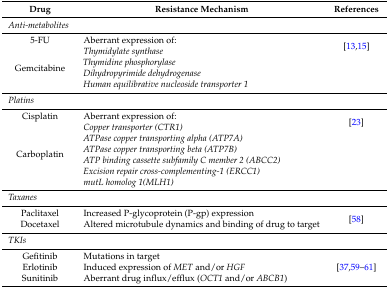
| Drug | Resistance Mechanism | References |
 | --- | --- | --- |
 | <COLSPAN=3> Anti-metabolites |
 | 5-FU | Aberrant expression of: | <ROWSPAN=2> [13,15] |
 | Gemcitabine | Thymidylate synthaseThymidine phosphorylaseDihydropyrimide dehydrogenaseHuman equilibrative nucleoside transporter 1 |
 | <COLSPAN=3> Platins |
 | Cisplatin | Aberrant expression of: | <ROWSPAN=2> [23] |
 | Carboplatin | Copper transporter (CTR1)ATPase copper transporting alpha (ATP7A)ATPase copper transporting beta (ATP7B)ATP binding cassette subfamily C member 2 (ABCC2)Excision repair cross-complementing-1 (ERCC1)mutL homolog 1(MLH1) |
 | <COLSPAN=3> Taxanes |
 | Paclitaxel | Increased P-glycoprotein (P-gp) expression | <ROWSPAN=2> [58] |
 | Docetaxel | Altered microtubule dynamics and binding of drug to target |
 | <COLSPAN=3> TKIs |
 | Gefitinib | Mutations in target | <ROWSPAN=3> [37,59,60,61] |
 | Erlotinib | Induced expression of MET and/or HGF |
 | Sunitinib | Aberrant drug influx/efflux (OCT1 and/or ABCB1) |